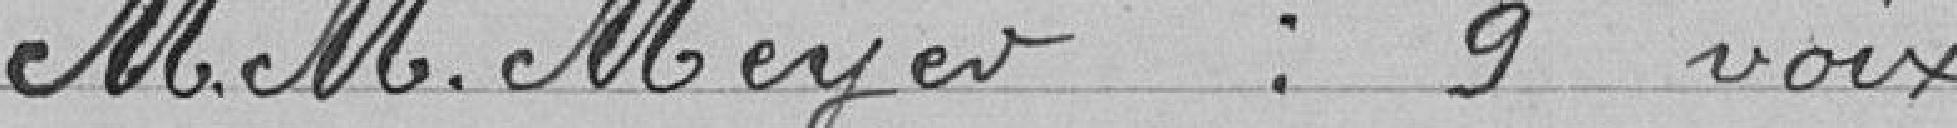
M.M.Meyer : 9 voix